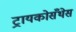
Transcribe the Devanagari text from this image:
ट्रायकोसँथेस